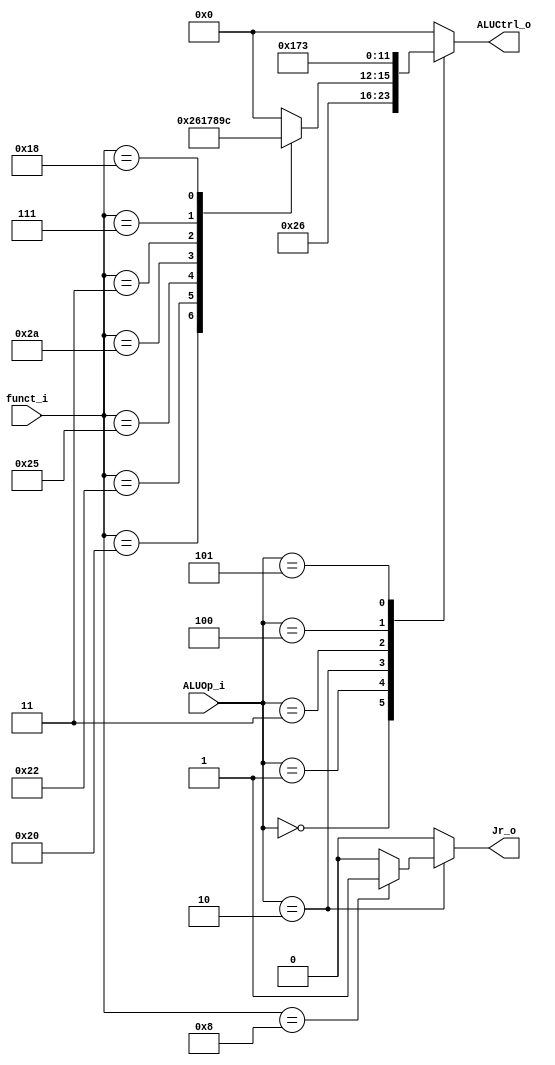
//Subject:     CO project 3 - ALU Controller
//--------------------------------------------------------------------------------
//Version:     1
//--------------------------------------------------------------------------------
//Writer:      0416024  0516310 f
//----------------------------------------------
//----------------------------------------------
//Description:
//--------------------------------------------------------------------------------

module ALU_Ctrl(
          funct_i,
          ALUOp_i,
          ALUCtrl_o,
          Jr_o
          );

//I/O ports
input      [6-1:0] funct_i;
input      [3-1:0] ALUOp_i;

output     [4-1:0] ALUCtrl_o;
output             Jr_o;

//Internal Signals
reg        [4-1:0] ALUCtrl_o;
reg                Jr_o;

//Parameter


//Select exact operation

always @(*) begin
  ALUCtrl_o = 4'b0000; // default to AND if opcode is undefined
  Jr_o = 0;
  case (ALUOp_i)
    3'b000: ALUCtrl_o = 4'b0010; // lw, sw, addi, li: please add
    3'b001: ALUCtrl_o = 4'b0110; // beq, bne, bltz: please subtract
    3'b010: case (funct_i) // Rtype
      6'd32: ALUCtrl_o = 4'b0010; // add
      6'd34: ALUCtrl_o = 4'b0110; // subtract
      6'd36: ALUCtrl_o = 4'b0000; // AND
      6'd37: ALUCtrl_o = 4'b0001; // OR
      6'd42: ALUCtrl_o = 4'b0111; // set less than
      6'd3:  ALUCtrl_o = 4'b1000; // shift right arithmetic
      6'd7:  ALUCtrl_o = 4'b1001; // shift right arithmetic variable
      6'd24: ALUCtrl_o = 4'b1100; // multiply
      6'd8:  begin
        ALUCtrl_o = 4'b0000; // jr
        Jr_o = 1;
      end
    endcase
    3'b011: ALUCtrl_o = 4'b0001; // ori: please OR
    3'b100: ALUCtrl_o = 4'b0111; // sltiu: please set less than
    3'b101: ALUCtrl_o = 4'b0011; // ble: please set less than or equal
  endcase
end

endmodule